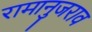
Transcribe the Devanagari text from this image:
रामानुजराव